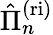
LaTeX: \hat{\Pi}_{n}^{\mathrm{(ri)}}